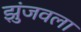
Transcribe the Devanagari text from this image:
झुंजवला